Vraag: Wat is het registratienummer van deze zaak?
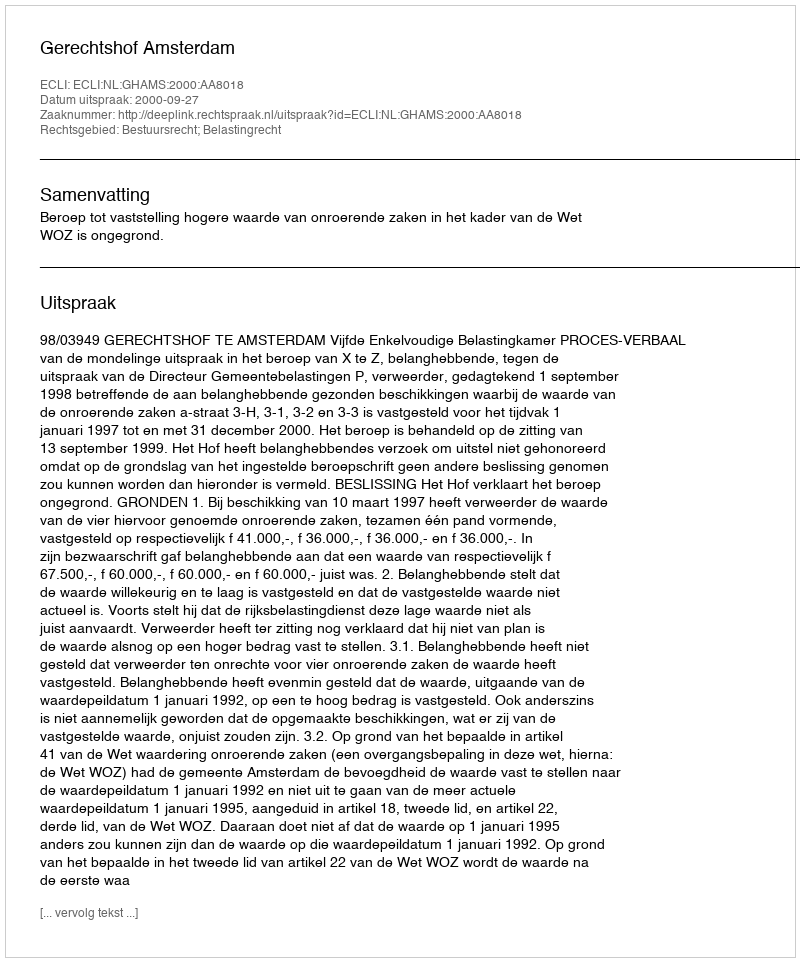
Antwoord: http://deeplink.rechtspraak.nl/uitspraak?id=ECLI:NL:GHAMS:2000:AA8018